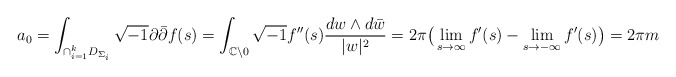
\begin{align*} a_{0}=\int_{\cap_{i=1}^{k}D_{\Sigma_{i}}}^{}\sqrt{-1}\partial\bar{\partial}f(s)=\int_{\mathbb{C}\setminus {0}}^{}\sqrt{-1}f''(s)\frac{dw\wedge d\bar{w}}{\lvert w\rvert^{2}}=2\pi\big(\lim_{s\rightarrow\infty}f'(s)-\lim_{s\rightarrow -\infty}f'(s)\big)=2\pi m\end{align*}